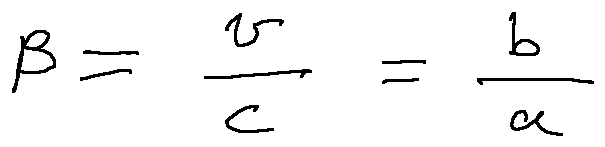
\beta = \frac { v } { c } = \frac { b } { a }